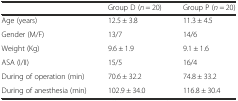
<table><thead><tr><td></td><td><b>Group D (<i>n</i> = 20)</b></td><td><b>Group P (<i>n</i> = 20)</b></td></tr></thead><tbody><tr><td>Age (years)</td><td>12.5 ± 3.8</td><td>11.3 ± 4.5</td></tr><tr><td>Gender (M/F)</td><td>13/7</td><td>14/6</td></tr><tr><td>Weight (Kg)</td><td>9.6 ± 1.9</td><td>9.1 ± 1.6</td></tr><tr><td>ASA (I/II)</td><td>15/5</td><td>16/4</td></tr><tr><td>During of operation (min)</td><td>70.6 ± 32.2</td><td>74.8 ± 33.2</td></tr><tr><td>During of anesthesia (min)</td><td>102.9 ± 34.0</td><td>116.8 ± 30.4</td></tr></tbody></table>